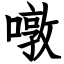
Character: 噋